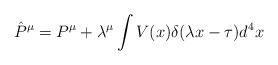
LaTeX: \begin{align*}{\hat P}^{\mu}=P^{\mu}+\lambda^{\mu}\int\nolimits V(x)\delta(\lambda x-\tau)d^4x\end{align*}